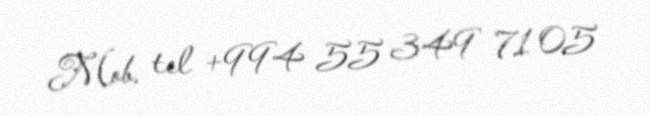
Mob. tel +994 55 349 71 05